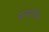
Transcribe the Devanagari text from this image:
प्रसरन्ति